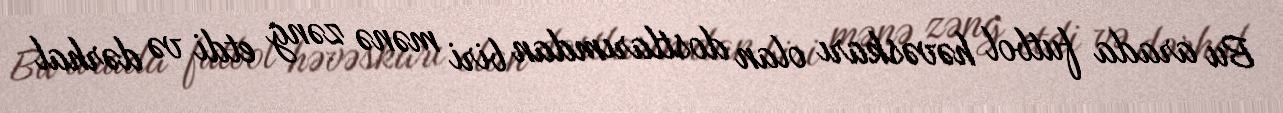
Bu arada futbol həvəskarı olan dostlarımdan biri mənə zəng etdi və dərhal